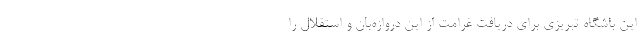
این باشگاه تبریزی برای دریافت غرامت از این دروازه‌بان و استقلال را